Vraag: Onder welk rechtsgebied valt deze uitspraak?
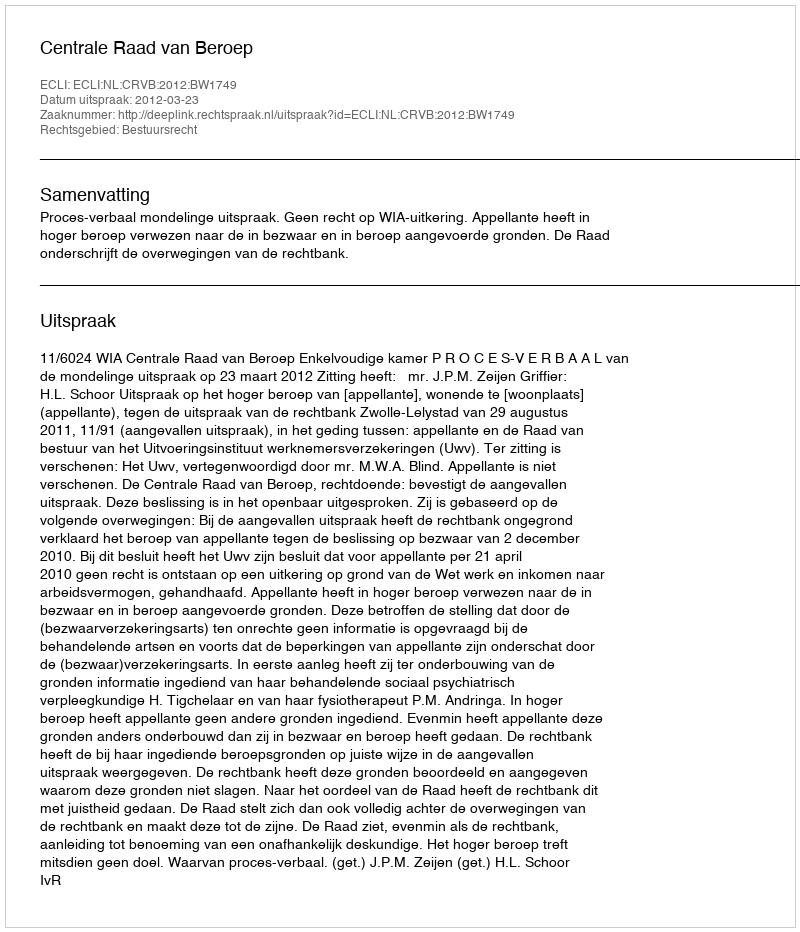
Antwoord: Bestuursrecht